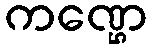
ကဏ္ဌေ